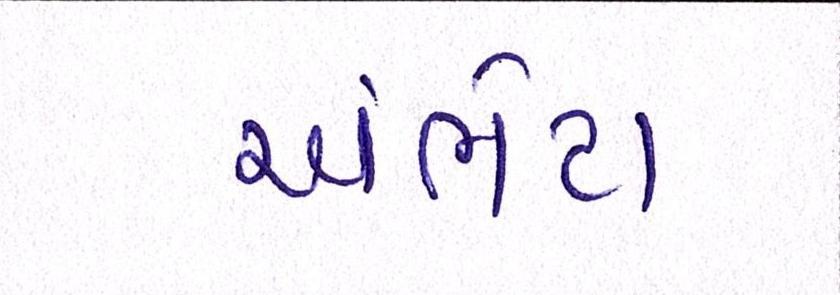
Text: અંભેટા